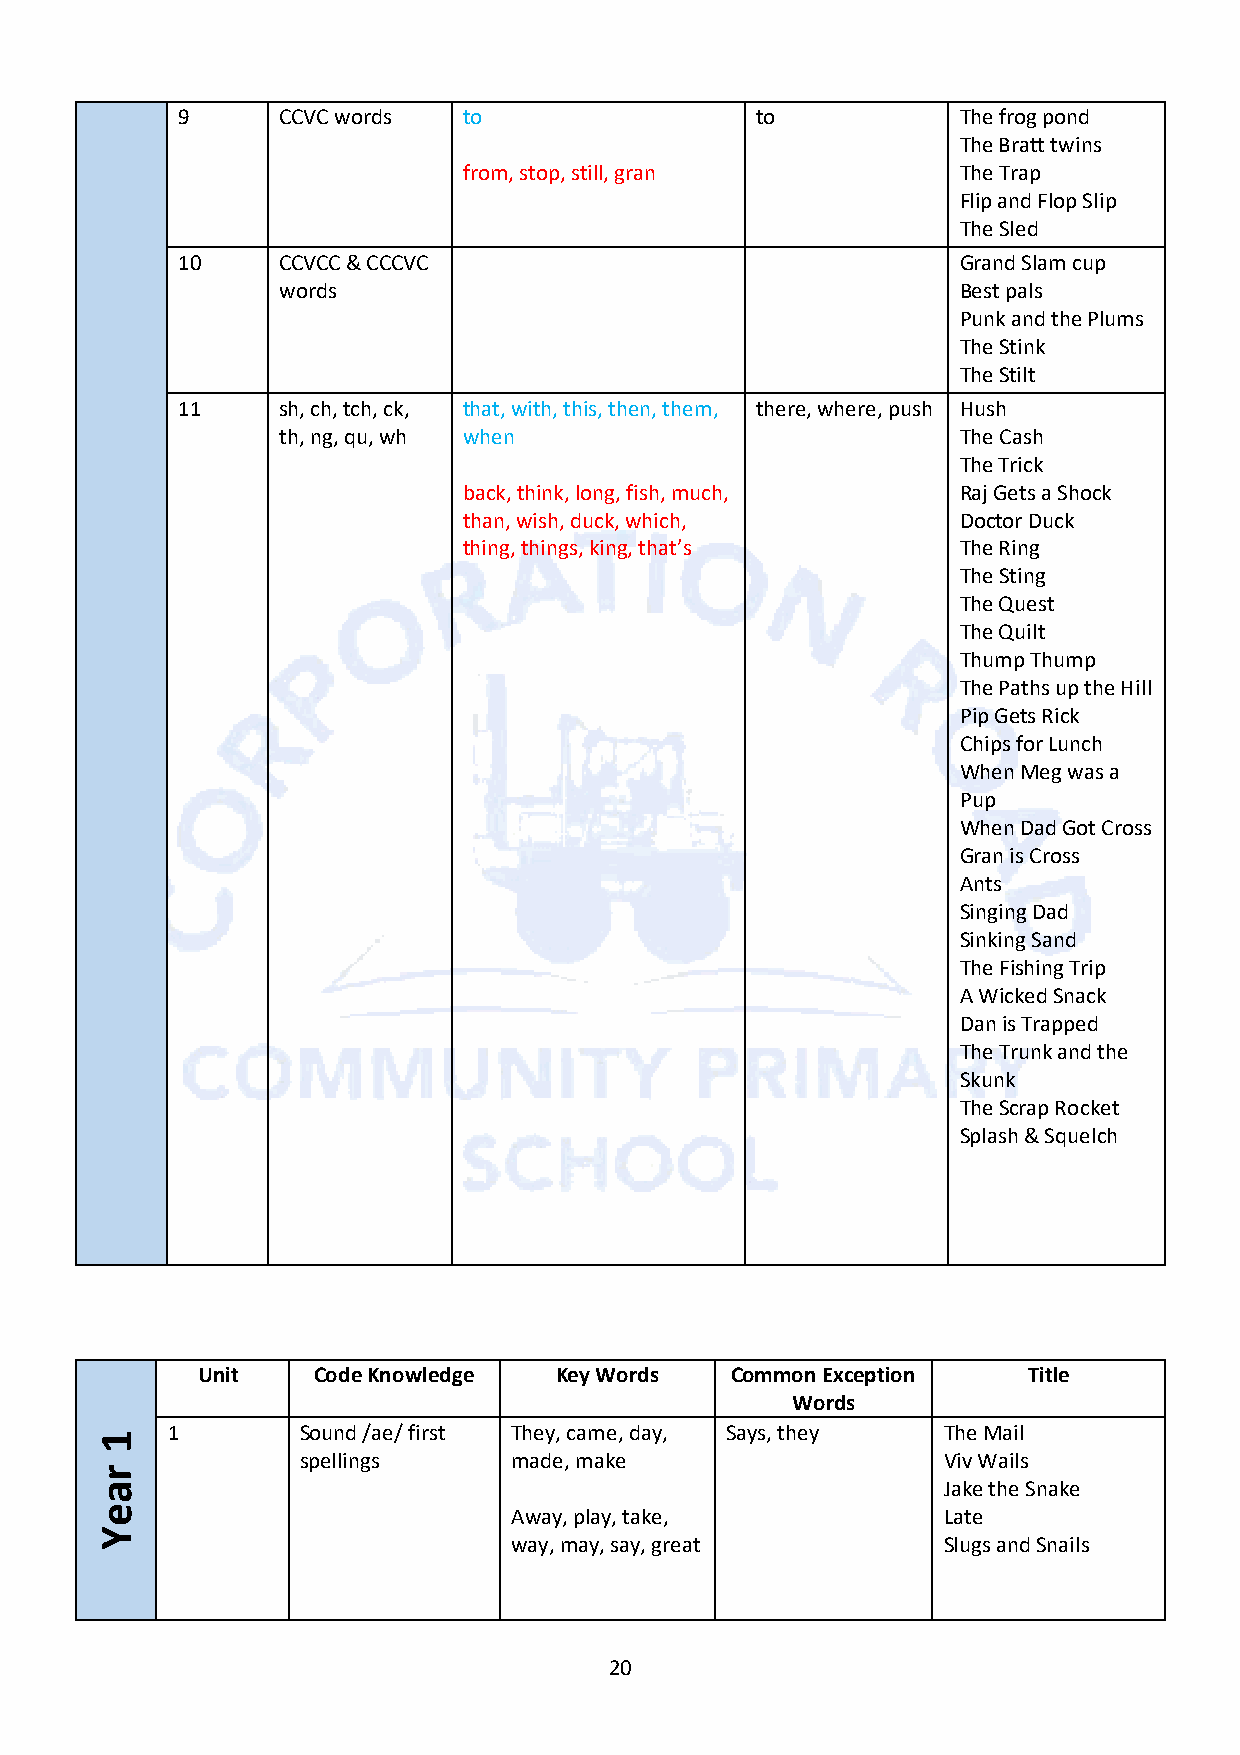
9     CCVC words   to                 to            The frog pond
 The Bratt twins
 from, stop, still, gran          The Trap
 Flip and Flop Slip
 The Sled
 10    CCVCC & CCCVC                                 Grand Slam cup
 words                                         Best pals
 Punk and the Plums
 The Stink
 The Stilt
 11    sh, ch, tch, ck, that, with, this, then, them, there, where, push Hush
 th, ng, qu, wh when                           The Cash
 The Trick
 back, think, long, fish, much,   Raj Gets a Shock
 than, wish, duck, which,         Doctor Duck
 thing, things, king, that’s      The Ring
 The Sting
 The Quest
 The Quilt
 Thump Thump
 The Paths up the Hill
 Pip Gets Rick
 Chips for Lunch
 When Meg was a
 Pup
 When Dad Got Cross
 Gran is Cross
 Ants
 Singing Dad
 Sinking Sand
 The Fishing Trip
 A Wicked Snack
 Dan is Trapped
 The Trunk and the
 Skunk
 The Scrap Rocket
 Splash & Squelch
 Unit    Code Knowledge  Key Words  Common Exception    Title
 Words
 1        Sound /ae/ first They, came, day, Says, they The Mail
 spellings     made, make                  Viv Wails
 Jake the Snake
 Away, play, take,           Late
 way, may, say, great        Slugs and Snails
 20
 1
 raeY